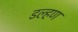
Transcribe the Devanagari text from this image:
डल्हण